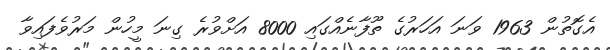
އެގޮތުން 1963 ވަނަ އަހަރުގެ ތޫފާނެއްގައި 8000 އަށްވުރެ ގިނަ މީހުން މަރުވެފައިވާ